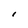
Character: l